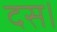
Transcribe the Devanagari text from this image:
दस।